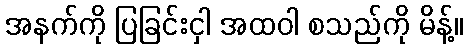
အနက်ကို ပြခြင်းငှါ အထဝါ စသည်ကို မိန့်။